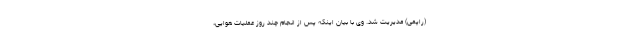
(راپمی) مدیریت شد. وی با بیان اینکه پس از انجام چند روز عملیات هوایی،